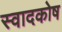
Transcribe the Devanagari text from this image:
स्वादकोष